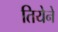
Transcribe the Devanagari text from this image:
तियेने